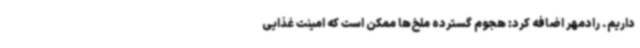
داریم. رادمهر اضافه کرد: هجوم گسترده ملخ‌ها ممکن است که امینت غذایی